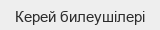
Керей билеушілері